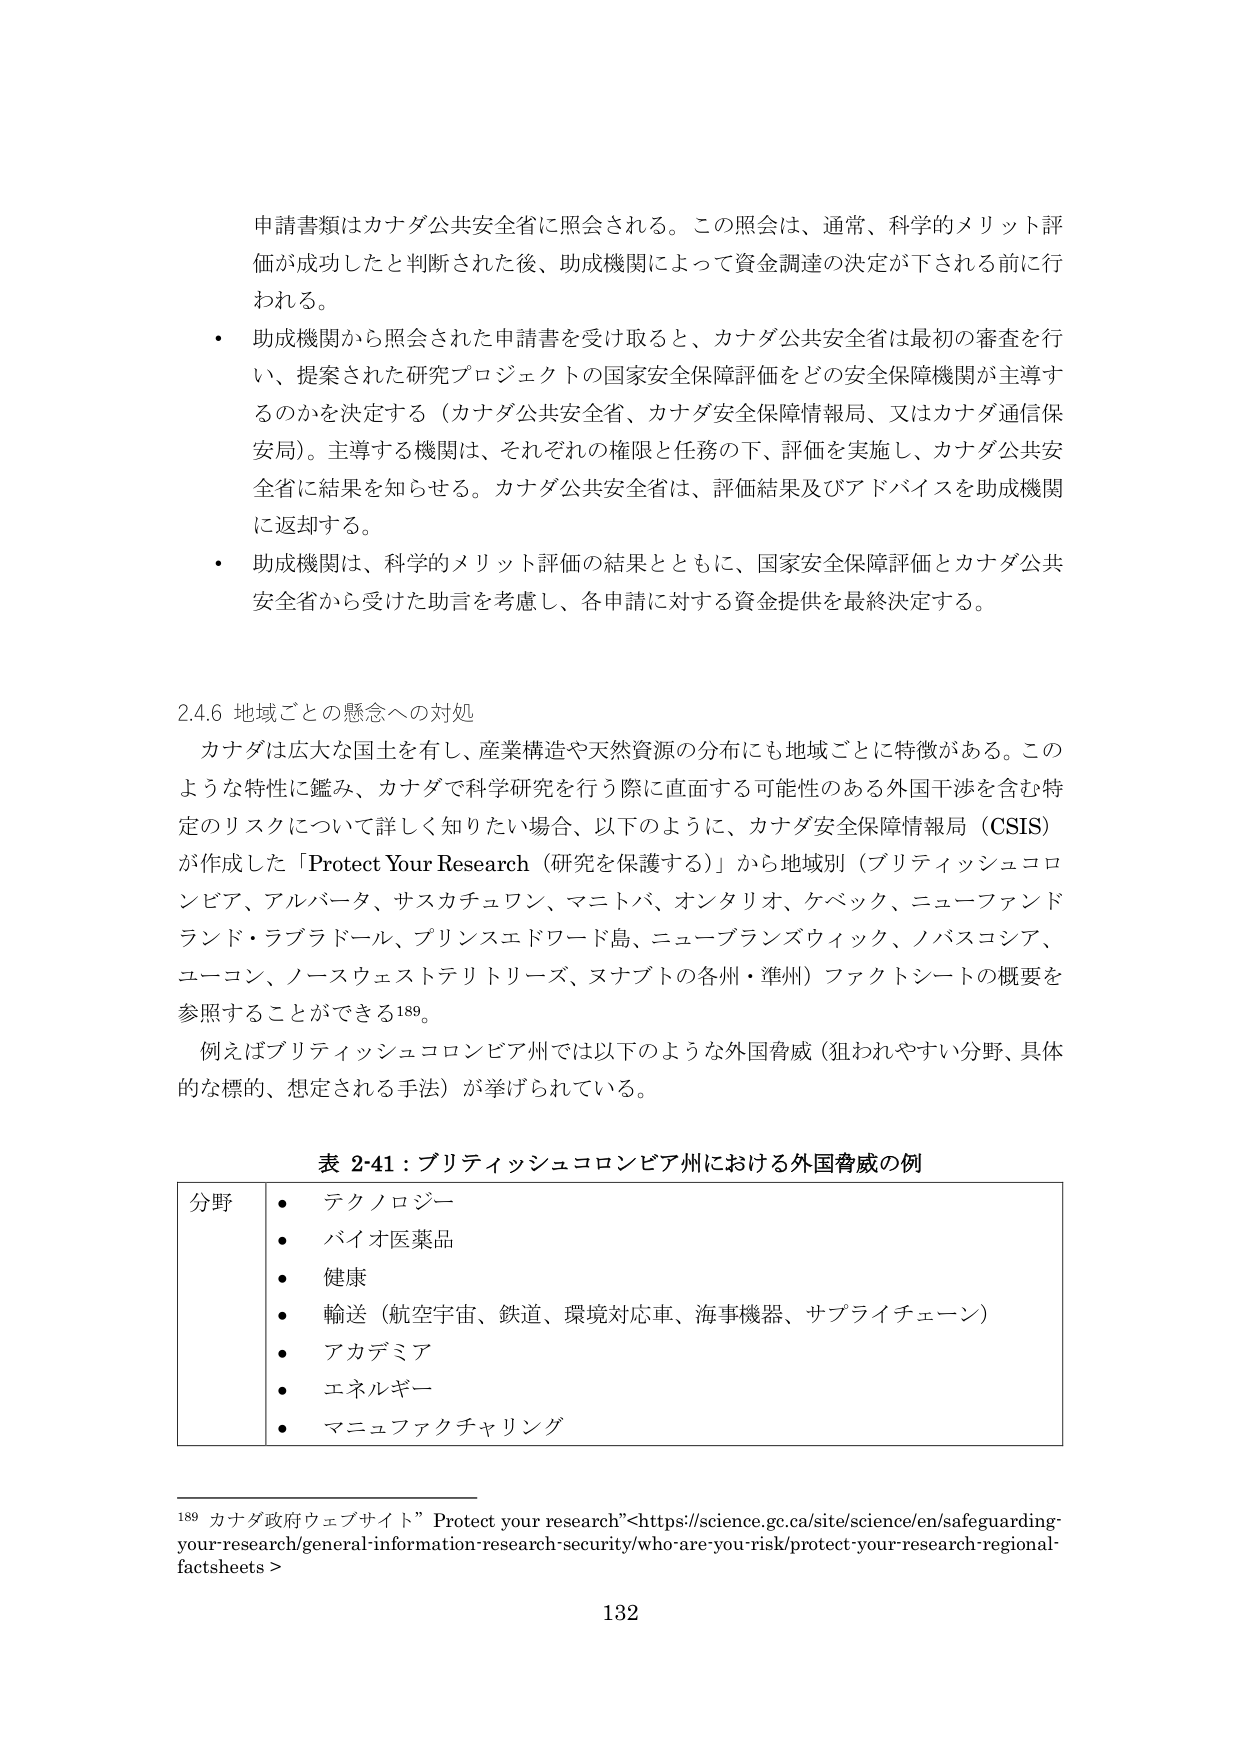
申請書類はカナダ公共安全省に照会される。この照会は、通常、科学的メリット評価が成功したと判断された後、助成機関によって資金調達の決定が下される前に行われる。

・ 助成機関から照会された申請書を受け取ると、カナダ公共安全省は最初の審査を行い、提案された研究プロジェクトの国家安全保障評価をどの安全保障機関が主導するのかを決定する（カナダ公共安全省、カナダ安全保障情報局、又はカナダ通信保安局）。主導する機関は、それぞれの権限と任務の下、評価を実施し、カナダ公共安全省に結果を知らせる。カナダ公共安全省は、評価結果及びアドバイスを助成機関に返却する。

・ 助成機関は、科学的メリット評価の結果とともに、国家安全保障評価とカナダ公共安全省から受けた助言を考慮し、各申請に対する資金提供を最終決定する。

2.4.6 地域ごとの懸念への対処

カナダは広大な国土を有し、産業構造や天然資源の分布にも地域ごとに特徴がある。このような特性に鑑み、カナダで科学研究を行う際に直面する可能性のある外国干渉を含む特定のリスクについて詳しく知りたい場合、以下のように、カナダ安全保障情報局（CSIS）が作成した「Protect Your Research（研究を保護する）」から地域別（ブリティッシュコロンビア、アルバータ、サスカチュワン、マニトバ、オンタリオ、ケベック、ニューファンドランド・ラブラドール、プリンスエドワード島、ニューブランズウィック、ノバスコシア、ユーコン、ノースウェストテリトリー、ヌナブトの各州・準州）ファクトシートの概要を参照することができる189。

例えばブリティッシュコロンビア州では以下のような外国脅威（狙われやすい分野、具体的な標的、想定される手法）が挙げられている。

表 2-41：ブリティッシュコロンビア州における外国脅威の例

分野
・ テクノロジー
・ バイオ医薬品
・ 健康
・ 輸送（航空宇宙、鉄道、環境対応車、海事機器、サプライチェーン）
・ アカデミア
・ エネルギー
・ マニュファクチャリング

189 カナダ政府ウェブサイト” Protect your research”<https://science.gc.ca/site/science/en/safeguarding-your-research/general-information-research-security/who-are-you-risk/protect-your-research-regional-factsheets>

132